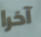
آخرا